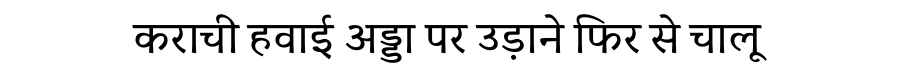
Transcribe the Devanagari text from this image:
कराची हवाई अड्डा पर उड़ाने फिर से चालू